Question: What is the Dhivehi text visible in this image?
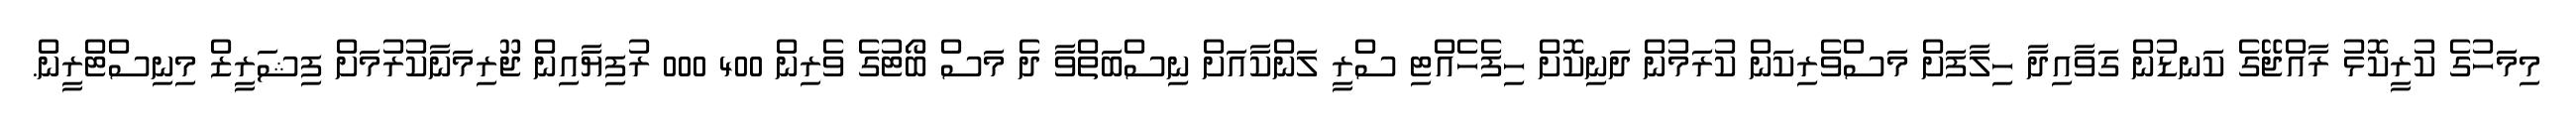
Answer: މިމަހުގެ ކުރީކޮޅު ރާއްޖޭގެ ކަނޑުން ގަވާއިދާ ހިލާފަށް މަސްވެރިކަން ކުރަމުން ދަނިކޮށް ހިފެހެއްޓި ސްރީ ލަންކާއަށް ނިސްބަތްވާ ދެ މަސް ބޯޓުގެ ވެރިން 400 000 ރުފިޔާއިން ޖޫރިމަނާކުރުމަށް ފިޝަރީޒް މިނިސްޓްރީން.